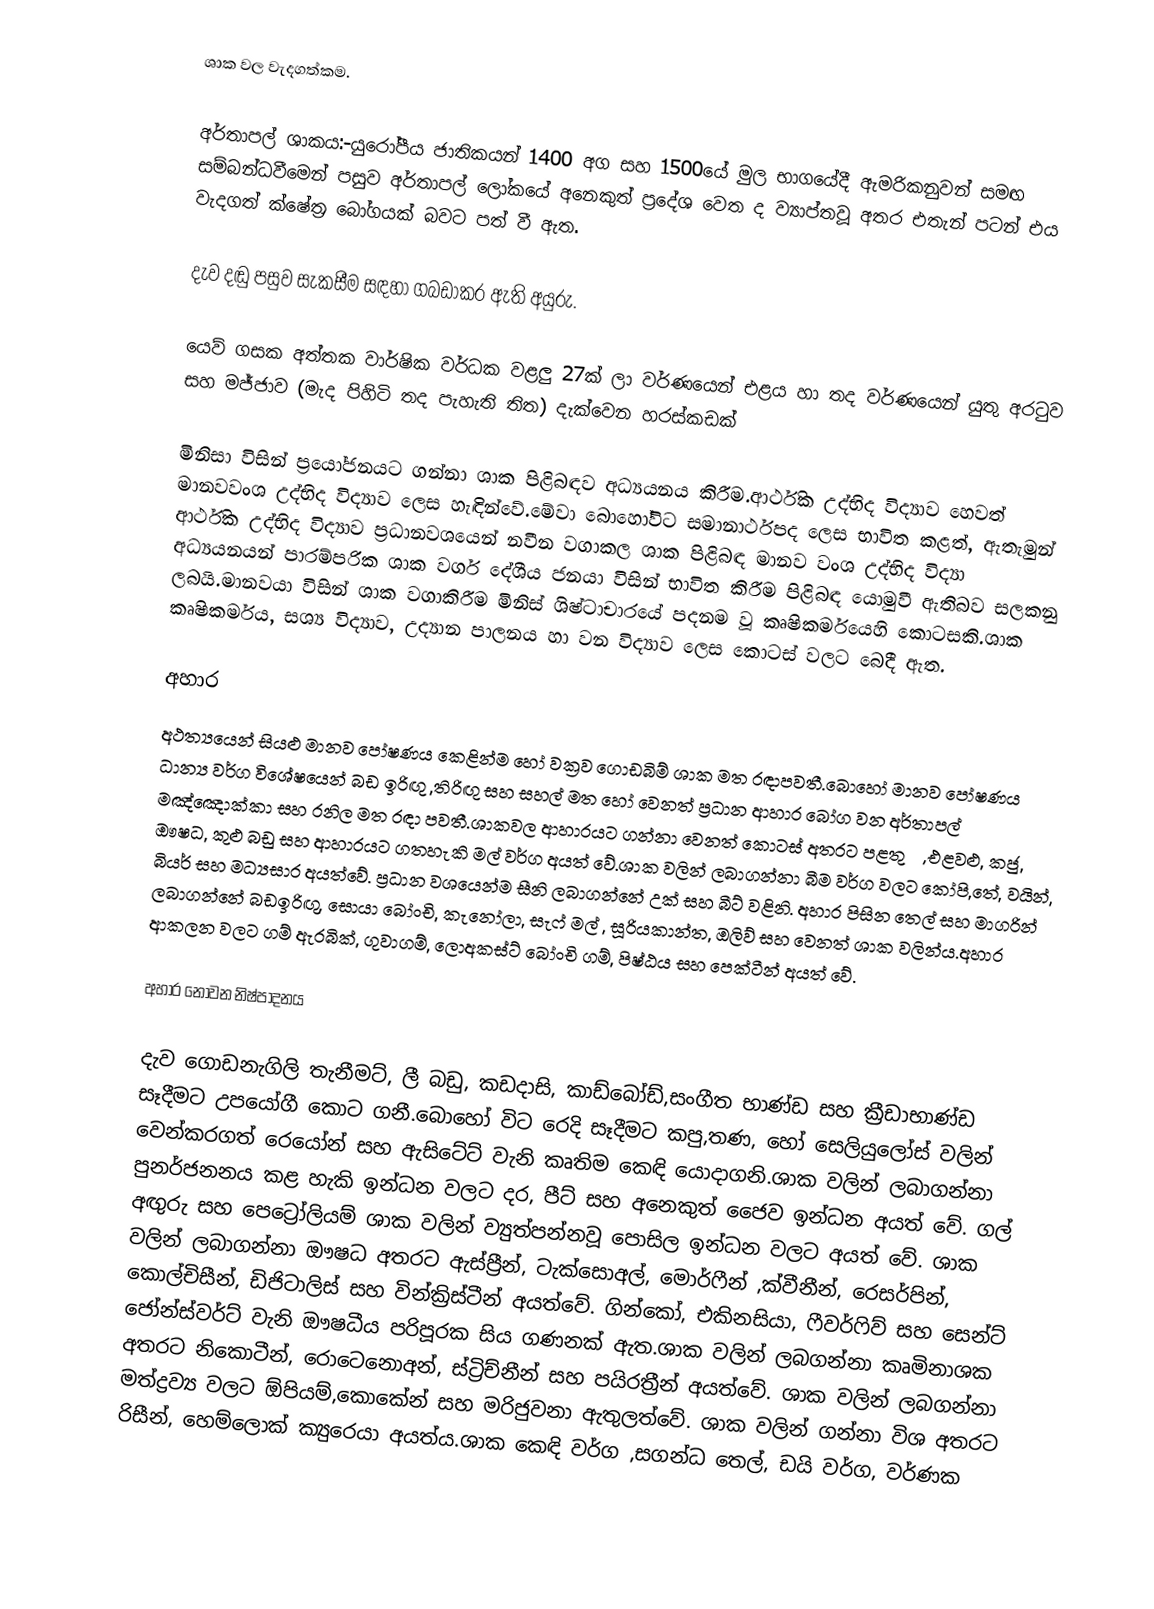
ශාක වල වැදගත්කම.

අර්තාපල් ශාකය:-යුරෝපීය ජාතිකයන් 1400 අග සහ 1500යේ මුල භාගයේදී ඇමරිකනුවන් සමඟ සම්බන්ධවීමෙන් පසුව අර්තාපල් ලෝකයේ අනෙකුත් ප්‍රදේශ වෙත ද ව්‍යාප්තවූ අතර එතැන් පටන් එය වැදගත් ක්ෂේත්‍ර බෝගයක් බවට පත් වී ඇත.

දැව දඬු පසුව සැකසීම සඳහා ගබඩාකර ඇති අයුරු.

යෙව් ගසක අත්තක වාර්ෂික වර්ධක වළලු 27ක් ලා වර්ණයෙන් එළය  හා තද වර්ණයෙන් යුතු අරටුව සහ මජ්ජාව (මැද පිහිටි තද පැහැති තිත) දැක්වෙන හරස්කඩක්

මිනිසා විසින් ප්‍රයෝජනයට ගන්නා ශාක පිළිබඳව අධ්‍යයනය කිරීම.ආර්ථික උද්භිද විද්‍යාව හෙවත් මානවවංශ උද්භිද විද්‍යාව ලෙස හැඳින්වේ.මේවා බොහෝවිට සමානාර්ථපද ලෙස භාවිත කළත්, ඇතැමුන් ආර්ථික උද්භිද විද්‍යාව ප්‍රධානවශයෙන් නවීන වගාකල ශාක පිළිබඳ මානව වංශ උද්භිද විද්‍යා අධ‍්‍යයනයන් පාරම්පරික ශාක වර්ග දේශීය ජනයා විසින් භාවිත කිරීම පිළිබඳ යොමුවී ඇතිබව සලකනු ලබයි.මානවයා විසින් ශාක වගාකිරීම  මිනිස් ශිෂ්ටාචාරයේ පදනම  වූ කෘෂිකර්මයෙහි කොටසකි.ශාක කෘෂිකර්මය, සශ්‍ය විද්‍යාව, උද්‍යාන පාලනය හා වන විද්‍යාව ලෙස කොටස් වලට බෙදී ඇත.

අහාර
අථත්‍යයෙන් සියළු මානව පෝෂණය කෙළින්ම  හෝ වක්‍රව ගොඩබිම් ශාක මත රඳාපවතී.බොහෝ මානව පෝෂණය  ධාන්‍ය වර්ග විශේෂයෙන් බඩ ඉරිඟු ,තිරිඟු සහ සහල් මත හෝ වෙනත් ප්‍රධාන ආහාර බෝග වන අර්තාපල් මඤ්ඤොක්කා සහ රනිල මත රඳා පවතී.ශාකවල ආහාරයට ගන්නා වෙනත් කොටස් අතරට පළතුරු, එළවළු, කජු, ඖෂධ, කුළු බඩු සහ ආහාරයට ගතහැකි මල් වර්ග අයත් වේ.ශාක වලින් ලබාගන්නා බීම වර්ග වලට කෝපි,තේ, වයින්, බියර් සහ මධ්‍යසාර අයත්වේ. ප්‍රධාන වශයෙන්ම සීනි ලබාගන්නේ උක් සහ බීට් වළිනි. අහාර පිසින තෙල් සහ මාගරින් ලබාගන්නේ බඩඉරිඟු, සොයා බෝංචි, කැනෝලා, සැෆ් මල් , සූරියකාන්ත, ඔලිව් සහ වෙනත් ශාක වලින්ය.අහාර ආකලන වලට ගම් ඇරබික්, ගුවාගම්,  ලොඅකස්ට් බෝංචි ගම්, පිෂ්ඨය සහ පෙක්ටීන් අයත් වේ.

අහාර නොවන නිෂ්පාදනය

දැව ගොඩනැගිලි තැනීමට්, ලී බඩු, කඩදාසි, කාඩ්බෝඩ්,සංගීත භාණ්ඩ සහ ක්‍රීඩාභාණ්ඩ සෑදීමට උපයෝගී කොට ගනී.බොහෝ විට රෙදි සෑදීමට කපු,තණ, හෝ සෙලියුලෝස් වලින් වෙන්කරගත් රෙයෝන් සහ ඇසිටේට් වැනි කෘතිම කෙඳි යොදාගනි.ශාක වලින් ලබාගන්නා පුනර්ජනනය කළ හැකි ඉන්ධන වලට දර, පීට් සහ අනෙකුත් ජෛව ඉන්ධන අයත් වේ. ගල් අඟුරු සහ පෙට්‍රෝලියම් ශාක වලින් ව්‍යුත්පන්නවූ පොසිල ඉන්ධන වලට අයත් වේ. ශාක වලින් ලබාගන්නා ඖෂධ අතරට ඇස්ප්‍රීන්, ටැක්සොඅල්, මොර්ෆීන් ,ක්වීනීන්, රෙසර්පින්, කොල්චිසීන්, ඩිජිටාලිස් සහ වින්ක්‍රිස්ටීන් අයත්වේ. ගින්කෝ, එකිනසියා, ෆීවර්ෆිව් සහ සෙන්ට් ජෝන්ස්වර්ට් වැනි ඖෂධීය පරිපූරක සිය ගණනක් ඇත.ශාක වලින් ලබගන්නා කෘමිනාශක අතරට නිකොටීන්, රොටෙනොඅන්, ස්ට්‍රිච්නීන් සහ පයිරත්‍රීන් අයත්වේ. ශාක වලින් ලබගන්නා මත්ද්‍රව්‍ය වලට ඕපියම්,කොකේන් සහ මරිජුවනා ඇතුලත්වේ. ශාක වලින් ගන්නා විශ අතරට රිසීන්, හෙම්ලොක් ක්‍යුරෙයා අයත්ය.ශාක කෙඳි වර්ග ,සගන්ධ තෙල්, ඩයි වර්ග, වර්ණක